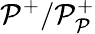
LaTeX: \mathcal{P}^{+}/\mathcal{P}_{\mathcal{P}}^{+}